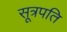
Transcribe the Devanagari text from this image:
सूत्रपति